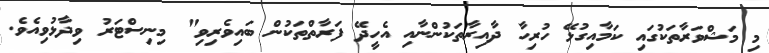
މި މަޝްވަރާތަކުގައި ކަމާއިގުޅޭ ހުރިހާ ދާއިރާތަކުންނާއި އެހީދޭ ފަރާތްތަކުން ބައިވެރިވި" މިނިސްޓަރު ވިދާޅުވިއެވެ.